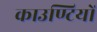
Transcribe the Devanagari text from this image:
काउण्टियों